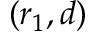
( r _ { 1 } , d )